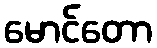
မောင်တော